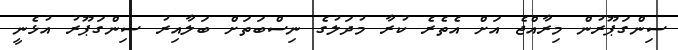
ސިންގަޕޫރުން މިރާއްޖެ އަށް އެތެރެ ކުރާ މުދަލުގެ ނިސްބަތަށް ބަލާއިރު ސިންގަޕޫރު އުޅެނީ